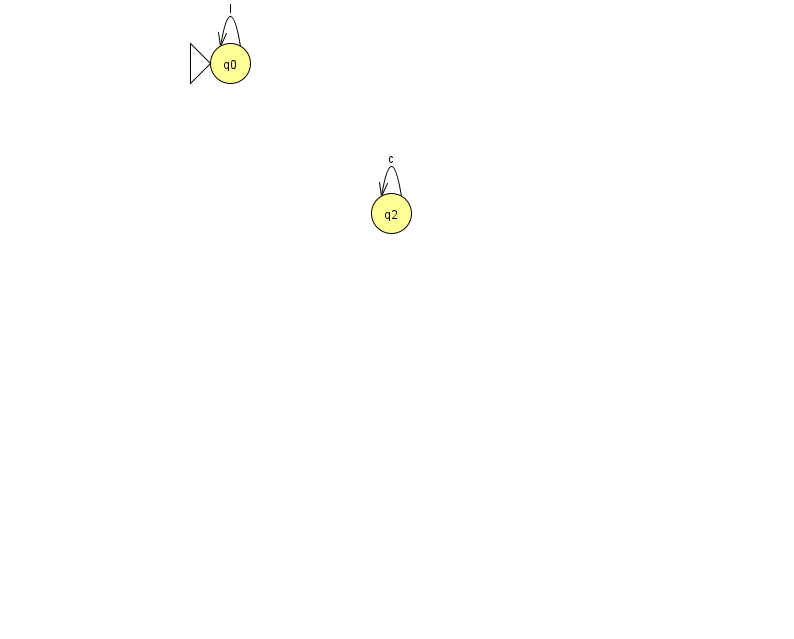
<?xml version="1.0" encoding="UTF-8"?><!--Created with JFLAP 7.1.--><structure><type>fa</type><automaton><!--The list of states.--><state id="0" name="q0"><x>230.0</x><y>50.0</y><initial/></state><state id="2" name="q2"><x>391.0</x><y>200.0</y></state><!--The list of transitions.--><transition><from>2</from><to>2</to><read>c</read></transition><transition><from>0</from><to>0</to><read>I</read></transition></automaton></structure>